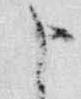
申